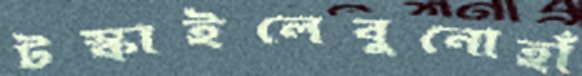
টস্‌কাইলেবুনোহাঁ